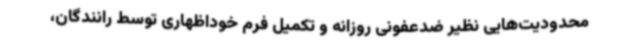
محدودیت‌هایی نظیر ضدعفونی روزانه و تکمیل فرم خوداظهاری توسط رانندگان،